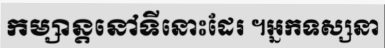
កម្សាន្តនៅទីនោះដែរ ។អ្នកទស្សនា